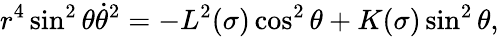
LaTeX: r^{4}\sin^{2}{\theta}\dot{\theta}^{2}=-L^{2}(\sigma)\cos^{2}{\theta}+K(\sigma)\sin^{2}{\theta},